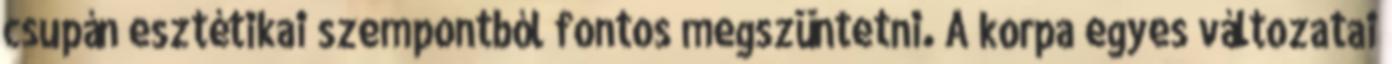
csupán esztétikai szempontból fontos megszüntetni. A korpa egyes változatai